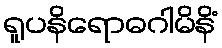
ရူပနိရောဓဂါမိနိံ